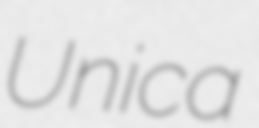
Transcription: Unica